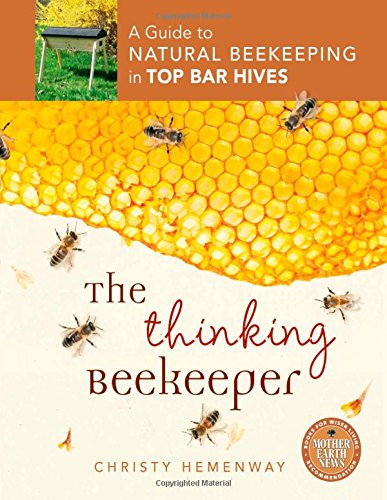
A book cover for The Thinking Beekeeper: A Guide to Natural Beekeeping in Top Bar Hives; Christy Hemenway; Science & Math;